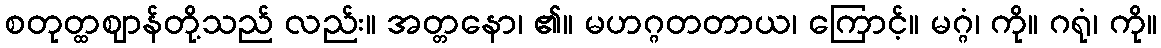
စတုတ္ထဈာန်တို့သည် လည်း။ အတ္တနော၊ ၏။ မဟဂ္ဂတတာယ၊ ကြောင့်။ မဂ္ဂံ၊ ကို။ ဂရုံ၊ ကို။